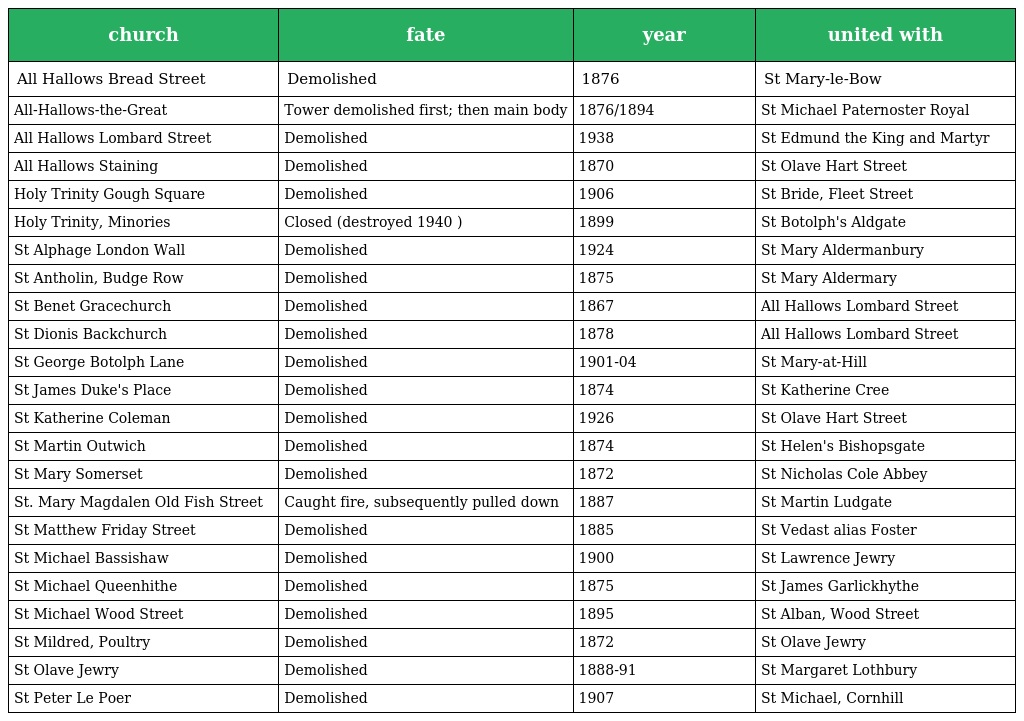
| church | fate | year | united with |
 | --- | --- | --- | --- |
 | All Hallows Bread Street | Demolished | 1876 | St Mary-le-Bow |
 | All-Hallows-the-Great | Tower demolished first; then main body | 1876/1894 | St Michael Paternoster Royal |
 | All Hallows Lombard Street | Demolished | 1938 | St Edmund the King and Martyr |
 | All Hallows Staining | Demolished | 1870 | St Olave Hart Street |
 | Holy Trinity Gough Square | Demolished | 1906 | St Bride, Fleet Street |
 | Holy Trinity, Minories | Closed (destroyed 1940 ) | 1899 | St Botolph's Aldgate |
 | St Alphage London Wall | Demolished | 1924 | St Mary Aldermanbury |
 | St Antholin, Budge Row | Demolished | 1875 | St Mary Aldermary |
 | St Benet Gracechurch | Demolished | 1867 | All Hallows Lombard Street |
 | St Dionis Backchurch | Demolished | 1878 | All Hallows Lombard Street |
 | St George Botolph Lane | Demolished | 1901-04 | St Mary-at-Hill |
 | St James Duke's Place | Demolished | 1874 | St Katherine Cree |
 | St Katherine Coleman | Demolished | 1926 | St Olave Hart Street |
 | St Martin Outwich | Demolished | 1874 | St Helen's Bishopsgate |
 | St Mary Somerset | Demolished | 1872 | St Nicholas Cole Abbey |
 | St. Mary Magdalen Old Fish Street | Caught fire, subsequently pulled down | 1887 | St Martin Ludgate |
 | St Matthew Friday Street | Demolished | 1885 | St Vedast alias Foster |
 | St Michael Bassishaw | Demolished | 1900 | St Lawrence Jewry |
 | St Michael Queenhithe | Demolished | 1875 | St James Garlickhythe |
 | St Michael Wood Street | Demolished | 1895 | St Alban, Wood Street |
 | St Mildred, Poultry | Demolished | 1872 | St Olave Jewry |
 | St Olave Jewry | Demolished | 1888-91 | St Margaret Lothbury |
 | St Peter Le Poer | Demolished | 1907 | St Michael, Cornhill |